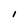
Character: I